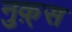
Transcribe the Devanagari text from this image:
नुक़्स